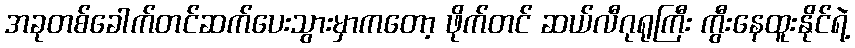
အခုတစ်ခေါက်တင်ဆက်ပေးသွားမှာကတော့ ဖိုက်တင် ဆယ်လီဂုရုကြီး ကွီးနေထူးနိုင်ရဲ့